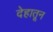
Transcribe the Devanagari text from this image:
देहातून